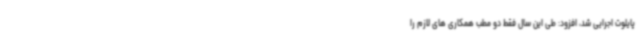
پایلوت اجرایی شد، افزود: طی این سال فقط دو مطب همکاری های لازم را